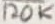
Text: 120K